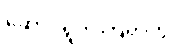
ဆောင်ရွက်ကြရာတွင်